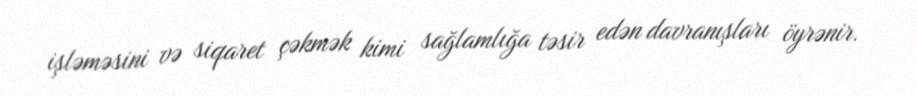
işləməsini və siqaret çəkmək kimi sağlamlığa təsir edən davranışları öyrənir.